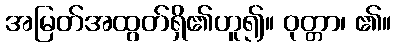
အမြတ်အထွတ်ရှိ၏ဟူ၍။ ဝုတ္တာ၊ ၏။